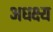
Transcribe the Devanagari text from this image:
अधक्ष्य